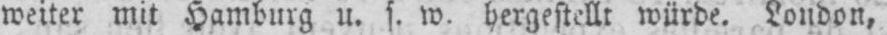
weiter mit Hamburg u. s. w. hergestellt würde. London,